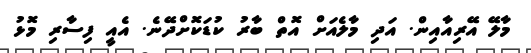
މާލޭ އޭރިއާއިން. އަދި މާލެއަށް އޮތް ބާރު ކުޑަކޮށްދޭނެ. އެއީ ފިސާރި މޮޅު